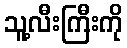
သူ့လီးကြီးကို